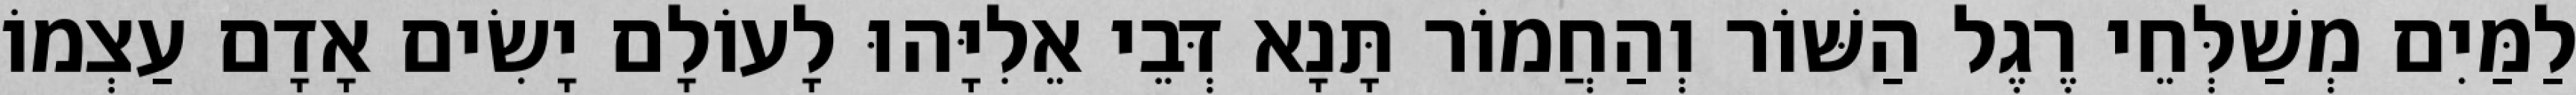
לַמַּיִם מְשַׁלְּחֵי רֶגֶל הַשּׁוֹר וְהַחֲמוֹר תָּנָא דְּבֵי אֵלִיָּהוּ לָעוֹלָם יָשִׂים אָדָם עַצְמוֹ